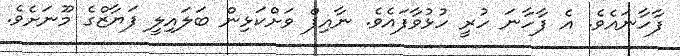
ފާހާނައެވެ. އެ ފާހާނަ ހުރީ ހުޅުވާފައެވެ. ނާއިފް ވަށްކަޅިން ބަލައިލީ ފަޔާޒްގެ މޫނަށެވެ.